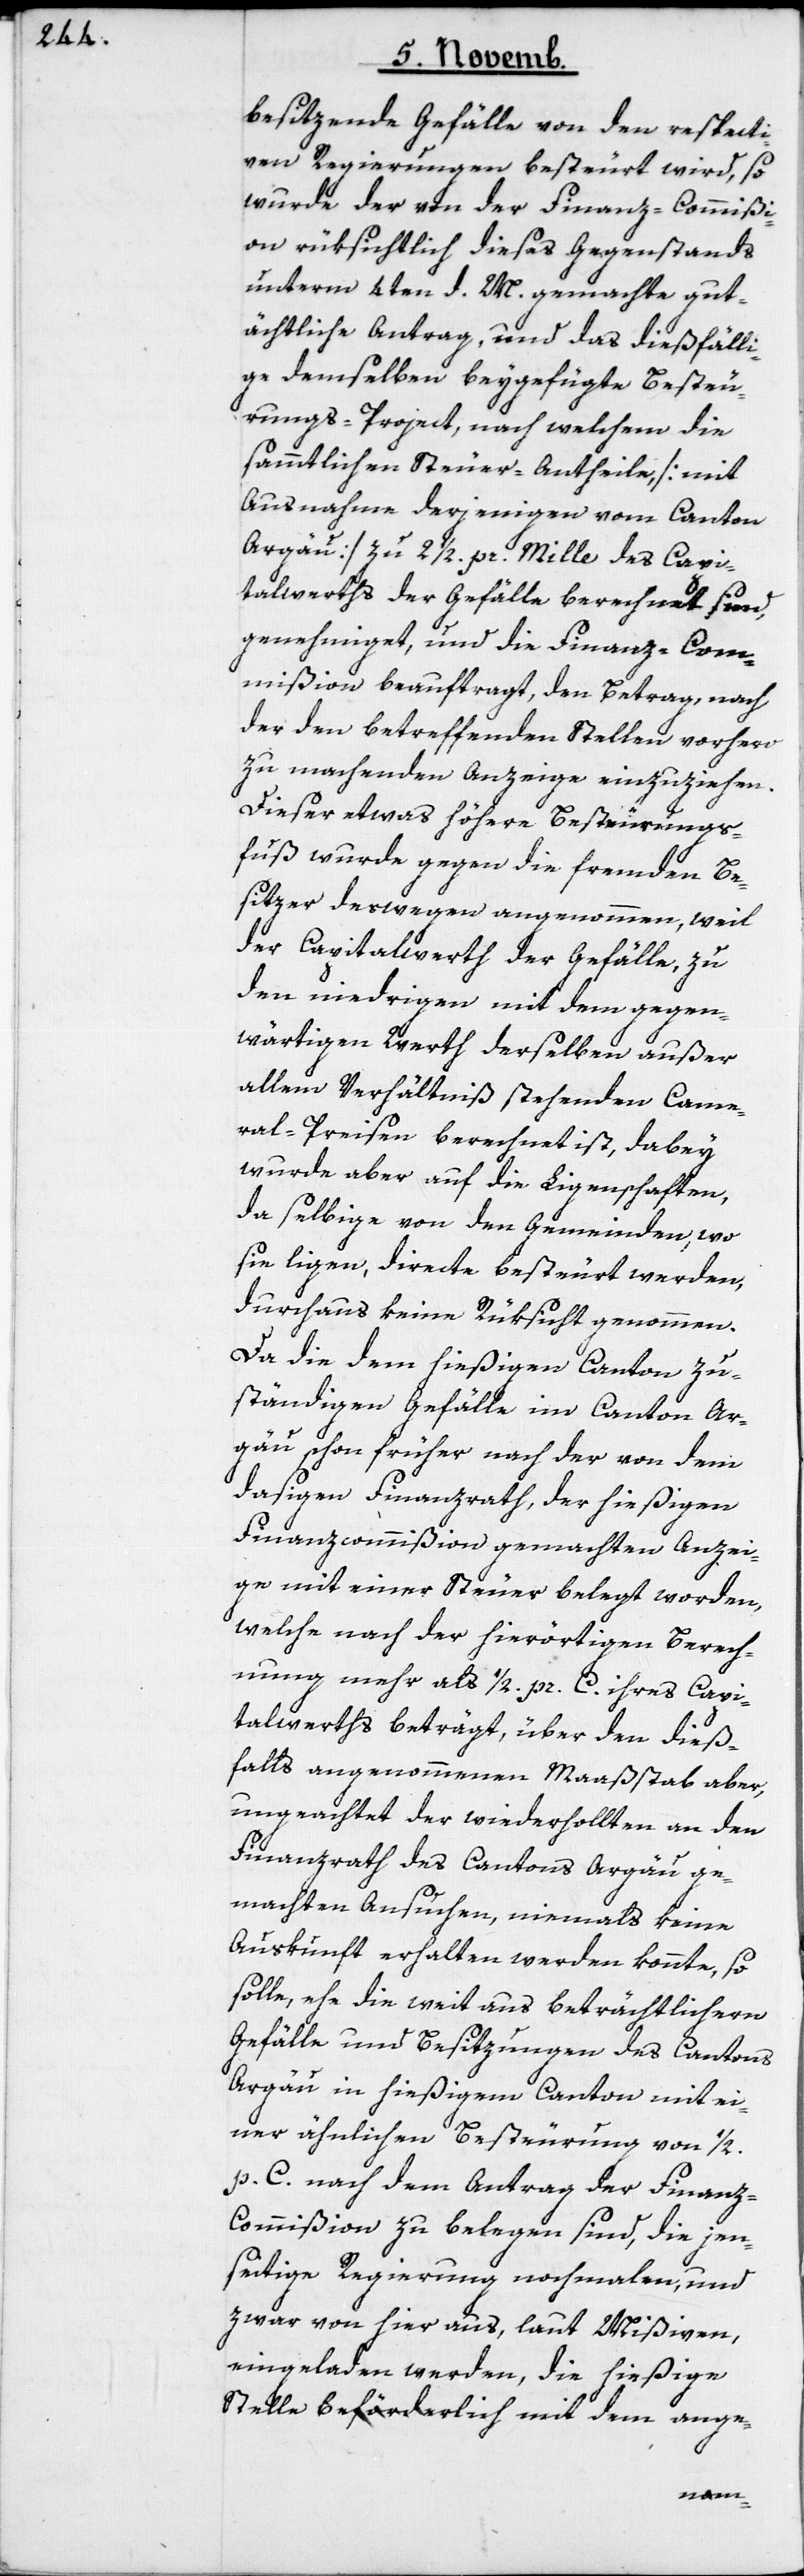
besitzende Gefälle von den respecti¬
ven Regierungen besteurt wird, so
wurde der von der Finanz-Commißi¬
on rüksichtlich dieses Gegenstands
unterm 4ten d. M. gemachte gut¬
ächtliche Antrag, und das dießfälli¬
ge demselben beygefügte Besteu¬
rungs-Project, nach welchem die
sammtlichen Steuer-Antheile, [mit
Ausnahme derjenigen vom Canton
Aargäu] zu 2 ½. pr. Mille des Capi¬
talwerths der Gefälle berechnet sind,
genehmiget, und die Finanz-Com¬
mißion beauftragt, den Betrag, nach
der den betreffenden Stellen vorhero
zu machenden Anzeige einzuziehen.
Dieser etwas höhere Besteurungs¬
fuß wurde gegen die fremden Be¬
sitzer deswegen angenommen, weil
der Capitalwerth der Gefälle, zu
den niedrigen mit dem gegen¬
wärtigen Werth derselben außer
allem Verhältniß stehenden Came¬
ral-Preisen berechnet ist, dabey
wurde aber auf die Liegenschaften,
da selbige von den Gemeinden, wo
sie liegen, directe besteuert werden,
durchaus keine Rüksicht genommen.
Da die dem hießigen Canton zu¬
ständigen Gefälle im Canton Ar¬
gäu schon früher nach der von dem
dasigen Finanzrath, der hießigen
Finanzcommißion gemachten Anzei¬
ge mit einer Steuer belegt worden,
welche nach der hierörtigen Berech¬
nung mehr als 1/2 pr. C. ihres Capi¬
talwerths beträgt, über den dieß¬
falls angenohmenen Maaßstab aber,
ungeachtet der wiederhollten an den
Finanzrath des Cantons Argäu ge¬
machten Ansuchen, niemals keine
Auskunft erhalten werden konnte, so
solle, ehe die weit aus beträchtlichern
Gefälle und Besitzungen des Cantons
Argäu in hießigem Canton mit ei¬
ner ähnlichen Besteurung von 1/2.
p. C. nach dem Antrag der Finan¬
z-Commißion zu belegen sind, die jen¬
seitige Regierung nochmalen, und
zwar von hier aus, laut Mißiven,
eingeladen werden, die hießige
Stelle beförderlich mit dem ange¬
no-